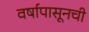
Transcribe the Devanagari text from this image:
वर्षापासूनची